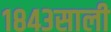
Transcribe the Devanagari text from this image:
१८४३साली